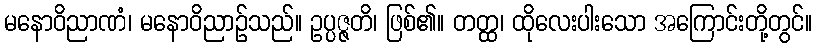
မနောဝိညာဏံ၊ မနောဝိညာဉ်သည်။ ဥပ္ပဇ္ဇတိ၊ ဖြစ်၏။ တတ္ထ၊ ထိုလေးပါးသော အကြောင်းတို့တွင်။